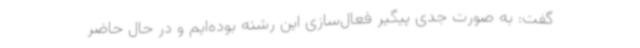
گفت: به صورت جدی پیگیر فعال‌سازی این رشته بوده‌ایم و در حال حاضر